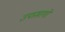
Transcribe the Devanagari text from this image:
उपप्रभागों